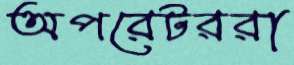
অপরেটররা